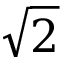
\sqrt { 2 }